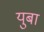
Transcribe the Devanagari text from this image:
युबा